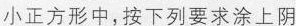
小正方形中，按下列要求涂上阴